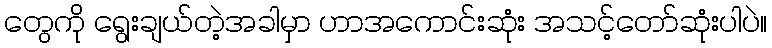
တွေကို ရွေးချယ်တဲ့အခါမှာ ဟာအကောင်းဆုံး အသင့်တော်ဆုံးပါပဲ။